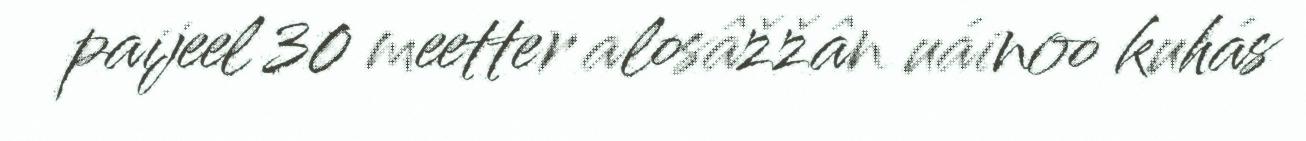
paijeel 30 meetter alosâžžân uáinoo kuhás